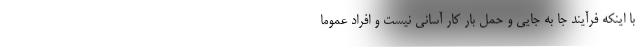
با اینکه فرآیند جا به جایی و حمل بار کار آسانی نیست و افراد عموما